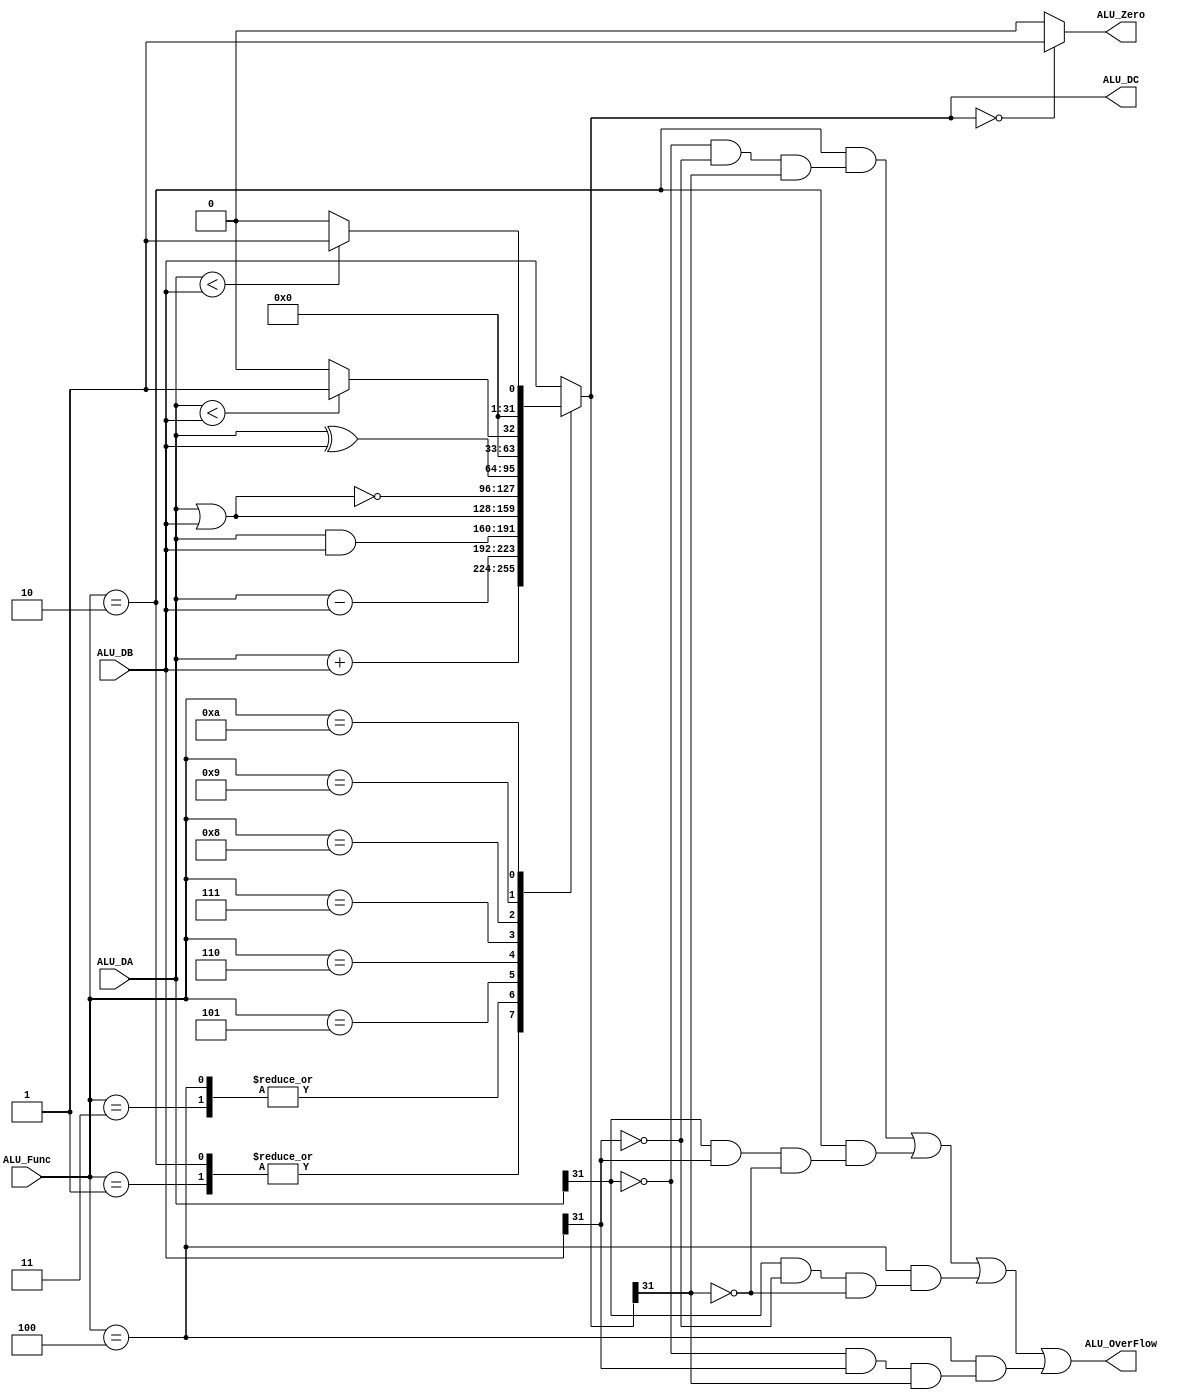
module ALU(ALU_DA, ALU_DB, ALU_Func, ALU_Zero, ALU_DC, ALU_OverFlow);
	input[31:0] ALU_DA,ALU_DB;
	input[3:0] ALU_Func;
	output ALU_Zero,ALU_OverFlow;
	output[31:0] ALU_DC;
	wire ALU_Zero;
	reg[31:0] ALU_DC;
	wire ALU_OverFlow;
	integer ALU_SymbolA;
	integer ALU_SymbolB;
	wire sign;
	assign sign = ALU_DC[31];
	assign ALU_Zero = (ALU_DC==32'b0) ? 1'b1:1'b0;
	always @(ALU_DA, ALU_DB)
	begin
		ALU_SymbolA = ALU_DA;
		ALU_SymbolB = ALU_DB;
	end
	always
	begin
		case(ALU_Func)
			4'b0000:ALU_DC = ALU_DB;
			4'b0001:ALU_DC = ALU_DA + ALU_DB;
			4'b0010:ALU_DC = ALU_DA + ALU_DB;
			4'b0011:ALU_DC = ALU_DA - ALU_DB;
			4'b0100:ALU_DC = ALU_DA - ALU_DB;
			4'b0101:ALU_DC = ALU_DA & ALU_DB;
			4'b0110:ALU_DC = (ALU_DA | ALU_DB);
			4'b0111:ALU_DC = ~(ALU_DA | ALU_DB);
			4'b1000:ALU_DC = ALU_DA ^ ALU_DB;
			4'b1001:ALU_DC = (ALU_DA < ALU_DB) ? 1 : 0;
			4'b1010:ALU_DC = (ALU_SymbolA < ALU_SymbolB) ? 1 : 0;
			default:ALU_DC = ALU_DB;
		endcase
	end
	assign
		ALU_OverFlow=((ALU_Func==4'b0010)&&((ALU_DA[31]==0)&&(ALU_DB[31]==0)&&(sign==1)))
		||((ALU_Func==4'b0010)&&((ALU_DA[31]==1)&&(ALU_DB[31]==1)&&(sign==0)))
		||((ALU_Func==4'b0100)&&((ALU_DA[31]==1)&&(ALU_DB[31]==0)&&(sign==0)))
		||((ALU_Func == 4'b0100)&&((ALU_DA[31]==0)&&(ALU_DB[31]==1)&&(sign==1)));
endmodule